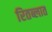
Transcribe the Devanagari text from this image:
रितब्लात